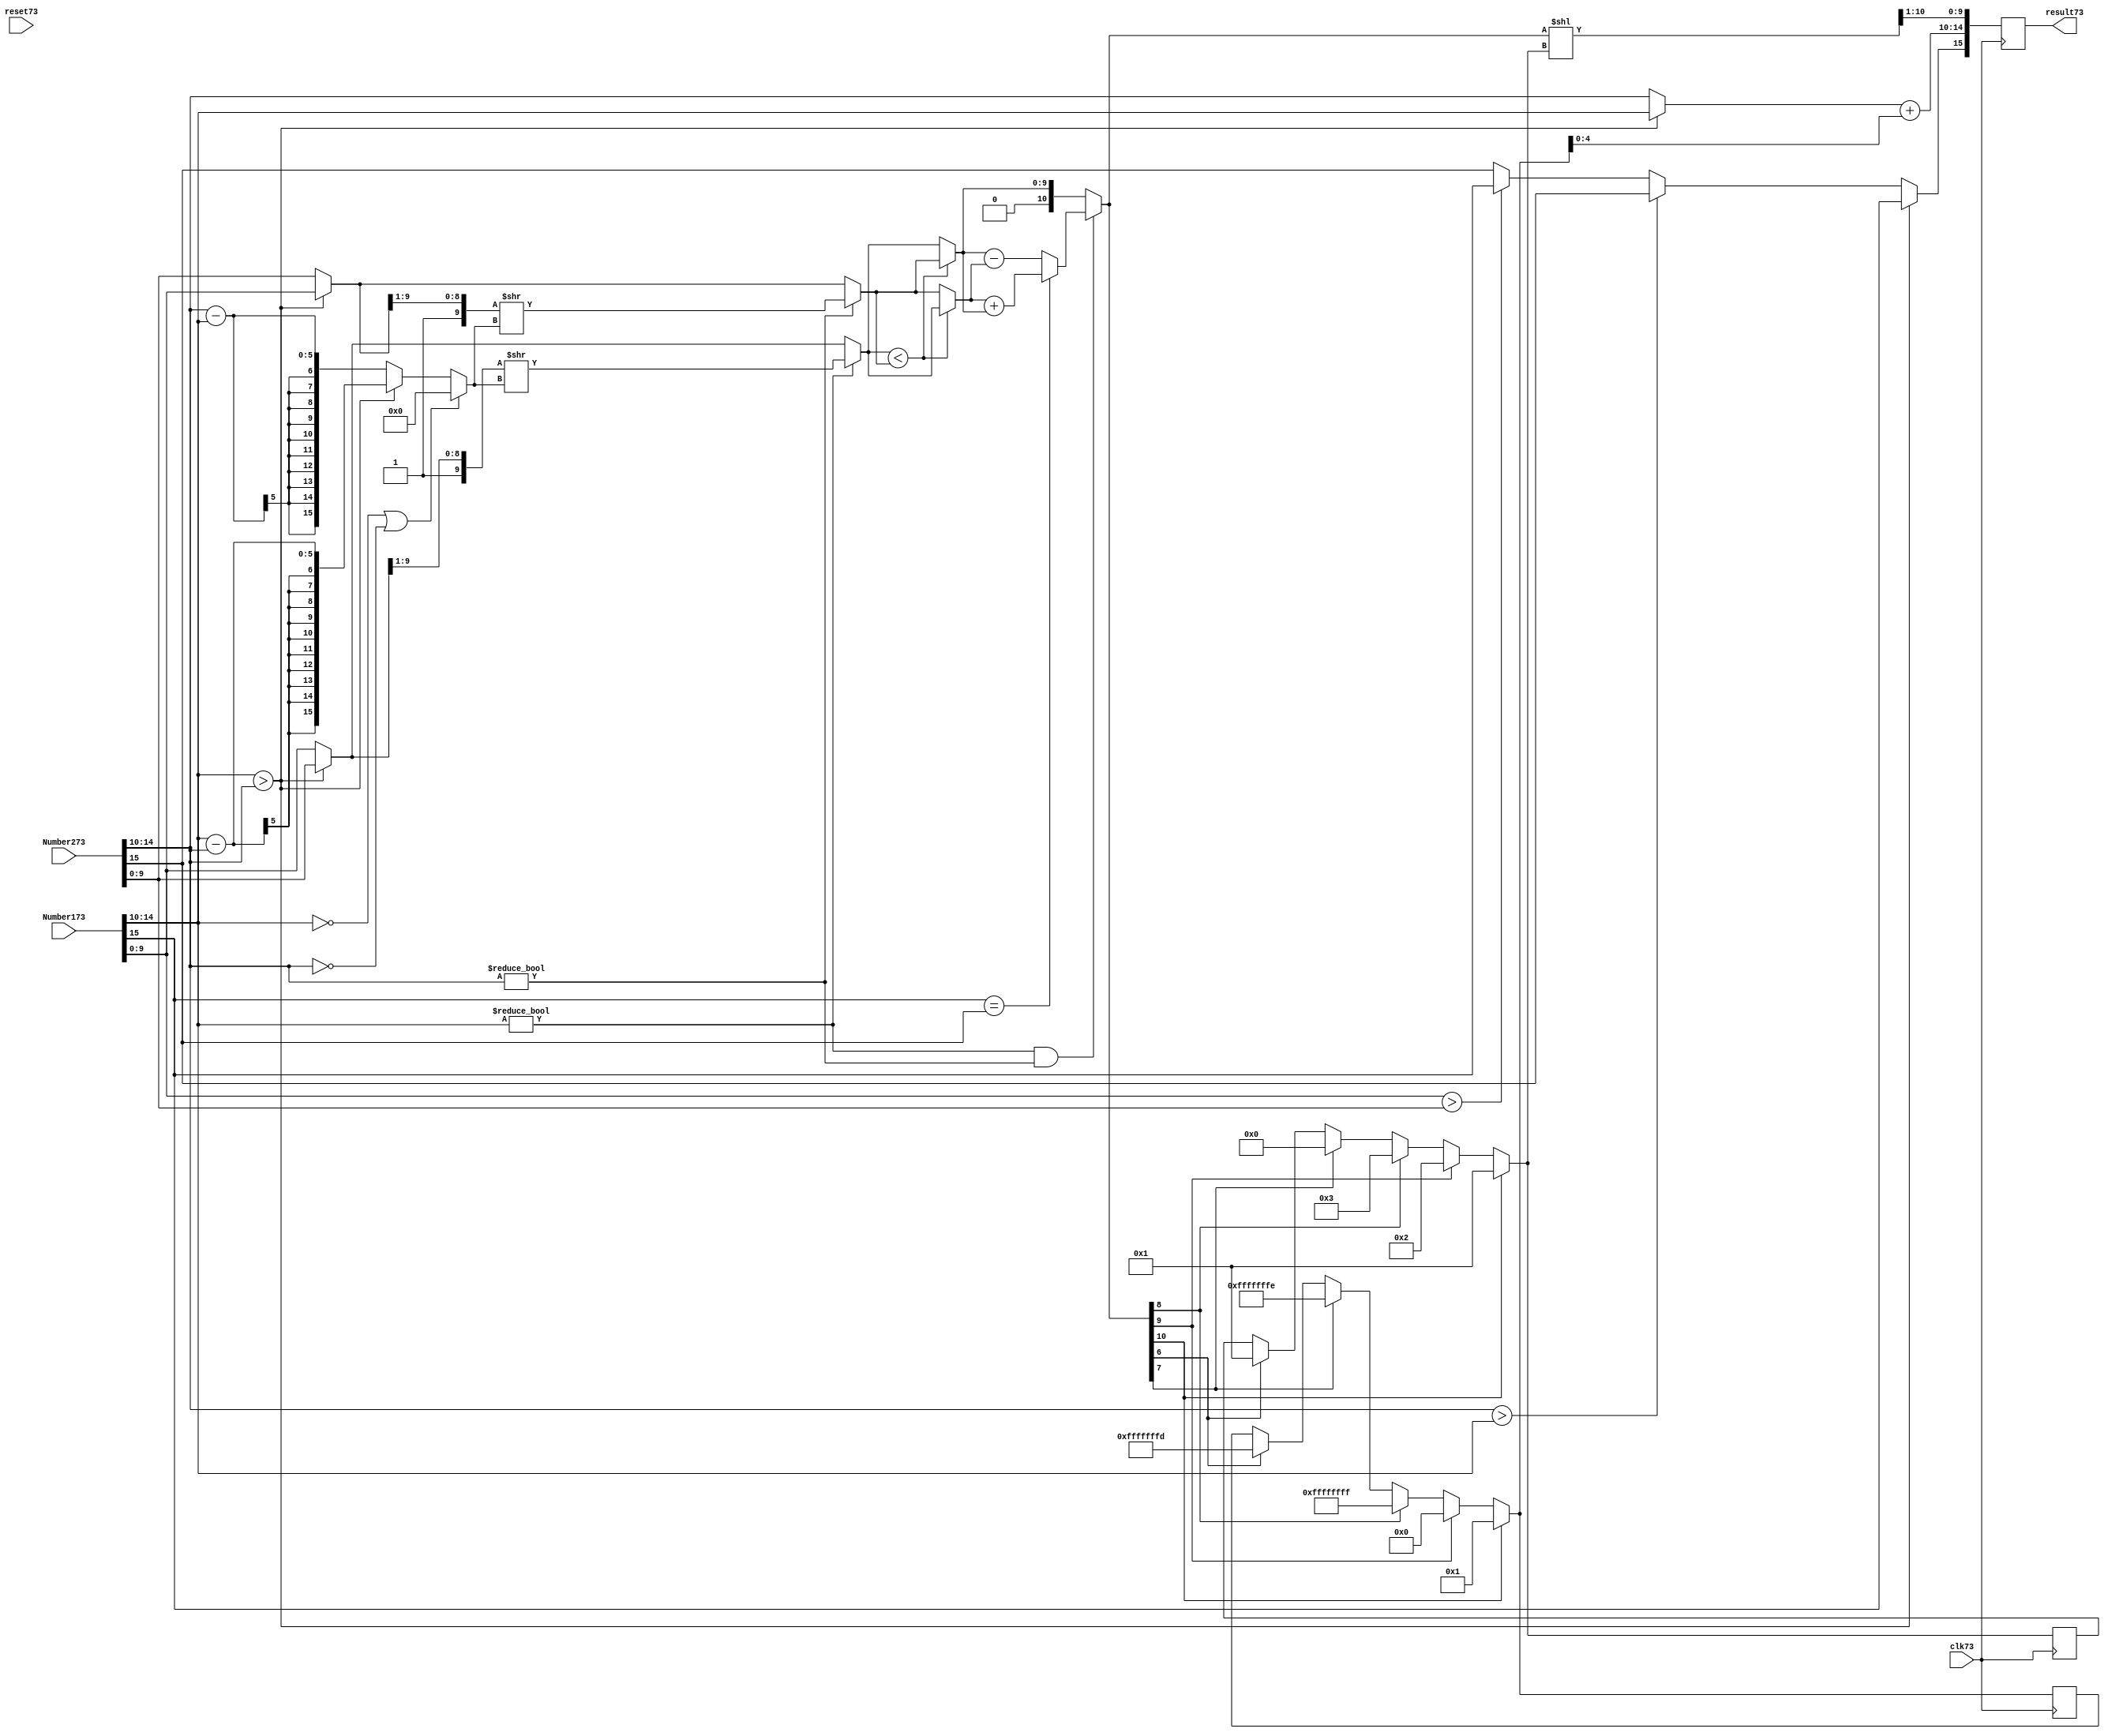
module SinglePointFloatingPointAdder(input clk73, input reset73, input [15:0]Number173, input [15:0]Number273, output [15:0]result73);
    
    reg    [15:0] Numshift73; 
    reg    [4:0]  Largerexp73,Finalexpo73;
    reg    [9:0] Smallexpmantissa73,Smantissa73,Lmantissa73,Largemantissa73,Finalmant73;
    reg    [10:0] Addmant73,Add1mant73;
    reg    [4:0]  e173,e273;
    reg    [9:0] m173,m273;
    reg           s173,s273,Finalsign73;
    reg    [3:0]  renormshift73;
    integer signed   renormexp73;
    //reg           renormexp73;
    reg    [15:0] Result73;

    assign Result = Result73;


    always @(posedge clk73) begin
    //----------------stage 1----------------------
	e173 = Number173[14:10];
	e273 = Number273[14:10];
    	m173 = Number173[9:0];
	m273 = Number273[9:0];
	s173 = Number173[15];
	s273 = Number273[15];
        
        if (e173  > e273) begin
            Numshift73           = e173 - e273;              // mantissa shift
            Largerexp73           = e173;                     // lower exponent
            Smallexpmantissa73  = m273;
            Largemantissa73      = m173;
        end
        
        else begin
            Numshift73           = e273 - e173;
            Largerexp73           = e273;
            Smallexpmantissa73  = m173;
            Largemantissa73      = m273;
        end

	if (e173 == 0 | e273 ==0) begin
	    Numshift73 = 0;
	end
	else begin
	    Numshift73 = Numshift73;
	end
	
	//-------------------stage 2---------------------
    //if check both for normalization then append 1 and shift
	if (e173 != 0) begin
            Smallexpmantissa73  = {1'b1,Smallexpmantissa73[9:1]};
	    Smallexpmantissa73  = (Smallexpmantissa73 >> Numshift73);
        end
	else begin
	    Smallexpmantissa73 = Smallexpmantissa73;
	end

	if (e273!= 0) begin
            Largemantissa73 = {1'b1,Largemantissa73[9:1]};
	    Largemantissa73 = (Largemantissa73 >> Numshift73);
	end
	else begin
	    Largemantissa73 = Largemantissa73;
	end
		

    //---------------------stage 3-------------------
                                      
            if (Smallexpmantissa73  < Largemantissa73) begin
               
		Smantissa73 = Smallexpmantissa73;
		Lmantissa73 = Largemantissa73;
            end
            else begin
              
			
		Smantissa73 = Largemantissa73;
		Lmantissa73 = Smallexpmantissa73;
             end       
        //-----------------------stage 4------------------------
        //add the two mantissa's
	
	if (e173!=0 & e273!=0) begin
		if (s173 == s273) begin
        		Addmant73 = Smantissa73 + Lmantissa73;
		end else begin
			Addmant73 = Lmantissa73 - Smantissa73;
		end
	end	
	else begin
		Addmant73 = Lmantissa73;
	end
         
	//renormalization for mantissa and exponent
	if (Addmant73[10]) begin
		renormshift73 = 2'd1;
		renormexp73 = 2'd1;
	end
	else if (Addmant73[9])begin
		renormshift73 = 2'd2;
		renormexp73 = 0;		
	end
	else if (Addmant73[8])begin
		renormshift73 = 2'd3; 
		renormexp73 = -1;
	end 
	else if (Addmant73[7])begin
		renormshift73 = 2'd4; 
		renormexp73 = -2;		
	end  
	else if (Addmant73[6])begin
		renormshift73 = 2'd5; 
		renormexp73 = -3;		
	end      

	//-------------------------stage 5----------------------

        Finalexpo73 =  Largerexp73 + renormexp73;
	
	Add1mant73 = Addmant73 << renormshift73;

	Finalmant73 = Add1mant73[10:1];  	

        
	if (s173 == s273) begin
		Finalsign73 = s173;
	end 

	if (e173 > e273) begin
		Finalsign73 = s173;	
	end else if (e273 > e173) begin
		Finalsign73 = s273;
	end
	else begin

		if (m173 > m273) begin
			Finalsign73 = s173;		
		end else begin
			Finalsign73 = s273;
		end
	end	
	
	result73 = {Finalsign73,Finalexpo73,Finalmant73}; 
	//result73 = result73 - 16'b0000010000000000;

    end
    
    always @(posedge clk73) begin
            if(reset73) begin
                Numshift73 <= #1 0;
            end
    end
    
endmodule